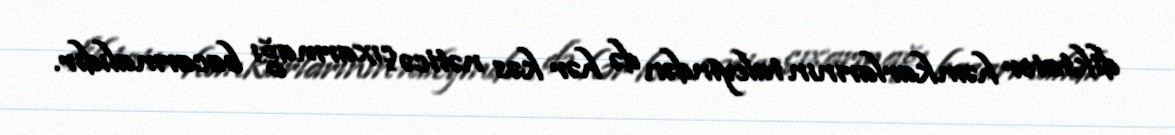
diktator həmkarlarının taleyindən də hər kəs nəticə çıxarmağı bacarmalıdır.